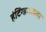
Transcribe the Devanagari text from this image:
हंटिंग्डनशायर